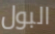
البول